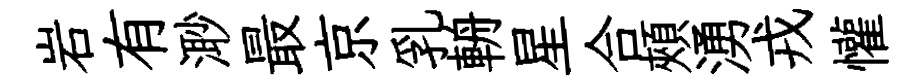
岩有𣺌最京乳輈星合頰湧戎懽